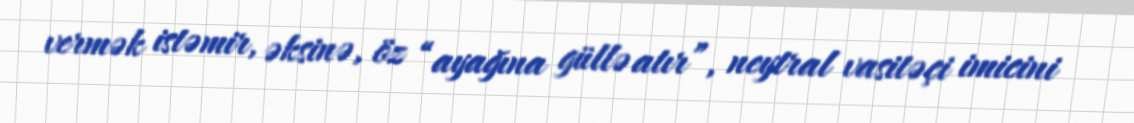
vermək istəmir, əksinə, öz “ayağına güllə atır”, neytral vasitəçi imicini